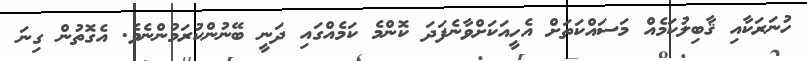
ހުނަރަކާއި ޤާބިލުކަމެއް މަސައްކަތަށް އެހީއަކަށްވާނެފަދަ ކޮންމެ ކަމެއްގައި ދަނީ ބޭނުންކުރަމުންނެވެ. އެގޮތުން ގިނަ